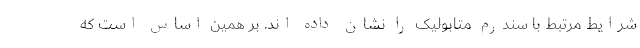
شرایط مرتبط با سندرم متابولیک را نشان داده اند. بر همین اساس است که